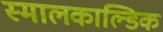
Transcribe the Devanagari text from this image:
स्मालकाल्डिक